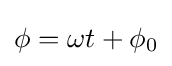
\phi =\omega t+\phi _{0}